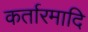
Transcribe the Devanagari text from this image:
कर्तारमादि